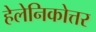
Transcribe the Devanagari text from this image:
हेलेनिकोत्तर